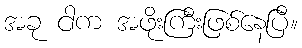
အခု ငါက အဖိုးကြီးဖြစ်နေပြီ။